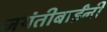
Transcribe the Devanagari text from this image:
जयंतीबाईंनी